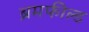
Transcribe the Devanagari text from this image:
ब्रमफील्ड